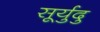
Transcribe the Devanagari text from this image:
सूर्युदु